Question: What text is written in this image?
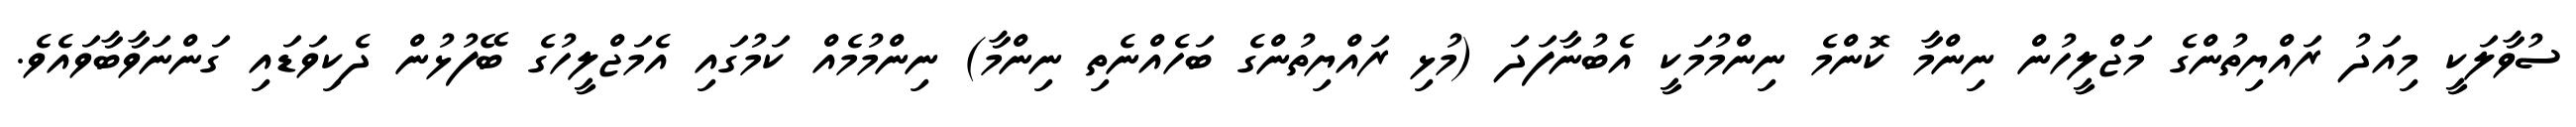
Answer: ސުވާލަކީ މިއަދު ރައްޔިތުންގެ މަޖްލީހުން ނިންމާ ކޮންމެ ނިންމުމަކީ އެބުނާފަދަ (މުޅި ރައްޔިތުންގެ ބަހެއްނެތި ނިންމާ) ނިންމުމެއް ކަމުގައި އެމަޖްލީހުގެ ބޭފުޅުން ދެކިވަޑައި ގަންނަވާބާވައެވެ.